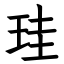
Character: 珪